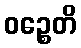
ဝဉ္စေတိ